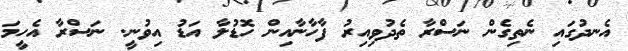
އެނދުގައި ނެތިގެން ނަސްރާ ތެދުވިއިރު ފާހާނާއިން ހޮޑުލާ އަޑު އިވުނީ. ނަސްރާ އެހީމަ